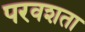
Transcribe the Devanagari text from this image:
परवशता